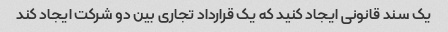
یک سند قانونی ایجاد کنید که یک قرارداد تجاری بین دو شرکت ایجاد کند